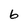
Character: 6